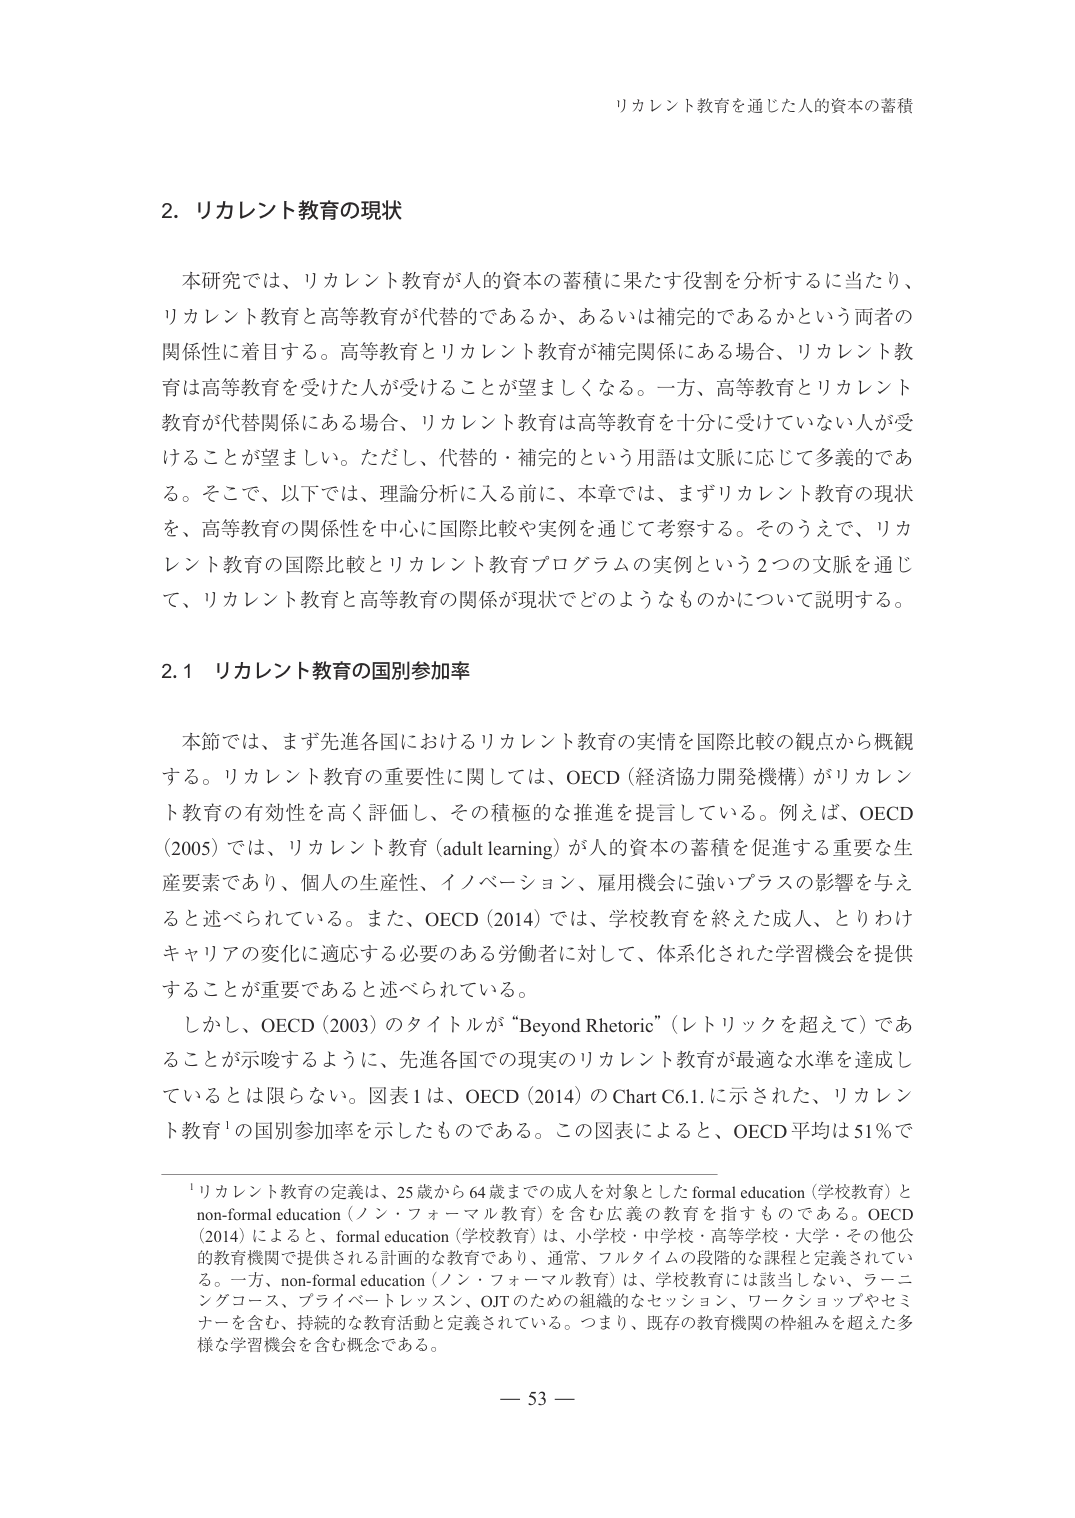
リカレント教育を通じた人的資本の蓄積

2. リカレント教育の現状

本研究では、リカレント教育が人的資本の蓄積に果たす役割を分析するに当たり、リカレント教育と高等教育が代替的であるか、あるいは補完的であるかという両者の関係性に着目する。高等教育とリカレント教育が補完関係にある場合、リカレント教育は高等教育を受けた人が受けることが望ましくなる。一方、高等教育とリカレント教育が代替関係にある場合、リカレント教育は高等教育を十分に受けていない人が受けることが望ましい。ただし、代替的・補完的という用語は文脈に応じて多義的である。そこで、以下では、理論分析に入る前に、本章では、まずリカレント教育の現状を、高等教育の関係性を中心に国際比較や実例を通じて考察する。そのうえで、リカレント教育の国際比較とリカレント教育プログラムの実例という2つの文脈を通じて、リカレント教育と高等教育の関係が現状でどのようなものかについて説明する。

2.1 リカレント教育の国別参加率

本節では、まず先進各国におけるリカレント教育の実情を国際比較の観点から概観する。リカレント教育の重要性に関しては、OECD（経済協力開発機構）がリカレント教育の有効性を高く評価し、その積極的な推進を提言している。例えば、OECD（2005）では、リカレント教育（adult learning）が人的資本の蓄積を促進する重要な生産要素であり、個人の生産性、イノベーション、雇用機会に強いプラスの影響を与えると述べられている。また、OECD（2014）では、学校教育を終えた成人、とりわけキャリアの変化に適応する必要のある労働者に対して、体系化された学習機会を提供することが重要であると述べられている。

しかし、OECD（2003）のタイトルが“Beyond Rhetoric”（レトリックを超えて）であることが示唆するように、先進各国での現実のリカレント教育が最適な水準を達成しているとは限らない。図表1は、OECD（2014）のChart C6.1.に示された、リカレント教育¹の国別参加率を示したものである。この図表によると、OECD平均は51％で

¹リカレント教育の定義は、25歳から64歳までの成人を対象としたformal education（学校教育）とnon-formal education（ノン・フォーマル教育）を含む広義の教育を指すものである。OECD（2014）によると、formal education（学校教育）は、小学校・中学校・高等学校・大学・その他公的教育機関で提供される計画的な教育であり、通常、フルタイムの段階的な課程と定義されている。一方、non-formal education（ノン・フォーマル教育）は、学校教育には該当しない、ラーニングコース、プライベートレッスン、OJTのための組織的なセッション、ワークショップやセミナーを含む、持続的な教育活動と定義されている。つまり、既存の教育機関の枠組みを超えた多様な学習機会を含む概念である。

— 53 —